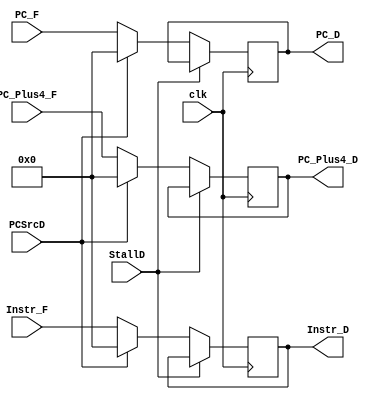
// IF_ID.v

/* module IF_ID: handles the pipelining from IF to ID stages */
module IF_ID(clk, StallD, PCSrcD, PC_F, Instr_F, PC_Plus4_F,
            PC_D, Instr_D, PC_Plus4_D);

  /* declare inputs */
    input clk, StallD, PCSrcD;
    input [31:0] PC_F, Instr_F, PC_Plus4_F;

  /* declare outputs */
    output reg [31:0] PC_D, Instr_D, PC_Plus4_D;

  /* initialize outputs to zero */
  initial begin
    Instr_D <= 0;
    PC_Plus4_D <= 0;
    PC_D <= 0;
  end

  /* at positive clock edge handle pipe from IF to ID */
  always @(posedge clk)
  begin
    if(StallD) begin
      Instr_D <= Instr_D;
      PC_Plus4_D <= PC_Plus4_D;
      PC_D <= PC_D;
    end
    else if(PCSrcD) begin
      Instr_D <= 0;
      PC_Plus4_D <= 0;
      PC_D <= 0;
    end
    else begin
      PC_D <= PC_F;
      Instr_D <= Instr_F;
      PC_Plus4_D <= PC_Plus4_F;
    end
  end

endmodule